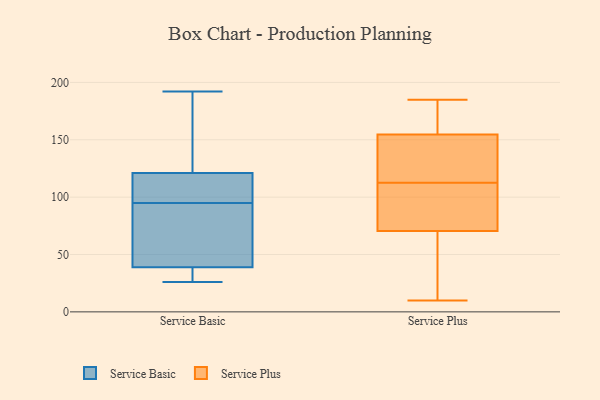
{"axis": {"x": "Revenue (USD Million)", "y": "Value"}, "legend": ["Service Basic", "Service Plus"], "data": [{"x": "", "y": 96, "type": "Service Basic"}, {"x": "", "y": 109, "type": "Service Basic"}, {"x": "", "y": 108, "type": "Service Basic"}, {"x": "", "y": 26, "type": "Service Basic"}, {"x": "", "y": 97, "type": "Service Basic"}, {"x": "", "y": 38, "type": "Service Basic"}, {"x": "", "y": 121, "type": "Service Basic"}, {"x": "", "y": 59, "type": "Service Basic"}, {"x": "", "y": 35, "type": "Service Basic"}, {"x": "", "y": 185, "type": "Service Basic"}, {"x": "", "y": 124, "type": "Service Basic"}, {"x": "", "y": 27, "type": "Service Basic"}, {"x": "", "y": 39, "type": "Service Basic"}, {"x": "", "y": 94, "type": "Service Basic"}, {"x": "", "y": 91, "type": "Service Basic"}, {"x": "", "y": 59, "type": "Service Basic"}, {"x": "", "y": 192, "type": "Service Basic"}, {"x": "", "y": 182, "type": "Service Basic"}, {"x": "", "y": 123, "type": "Service Plus"}, {"x": "", "y": 185, "type": "Service Plus"}, {"x": "", "y": 147, "type": "Service Plus"}, {"x": "", "y": 159, "type": "Service Plus"}, {"x": "", "y": 159, "type": "Service Plus"}, {"x": "", "y": 138, "type": "Service Plus"}, {"x": "", "y": 72, "type": "Service Plus"}, {"x": "", "y": 69, "type": "Service Plus"}, {"x": "", "y": 150, "type": "Service Plus"}, {"x": "", "y": 83, "type": "Service Plus"}, {"x": "", "y": 102, "type": "Service Plus"}, {"x": "", "y": 134, "type": "Service Plus"}, {"x": "", "y": 20, "type": "Service Plus"}, {"x": "", "y": 160, "type": "Service Plus"}, {"x": "", "y": 41, "type": "Service Plus"}, {"x": "", "y": 164, "type": "Service Plus"}, {"x": "", "y": 84, "type": "Service Plus"}, {"x": "", "y": 97, "type": "Service Plus"}, {"x": "", "y": 39, "type": "Service Plus"}, {"x": "", "y": 10, "type": "Service Plus"}]}